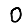
Digit: 0